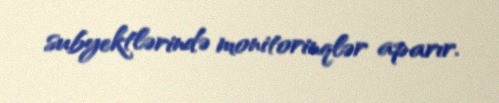
subyektlərində monitorinqlər aparır.